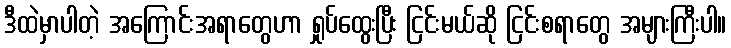
ဒီထဲမှာပါတဲ့ အကြောင်းအရာတွေဟာ ရှုပ်ထွေးပြီး ငြင်းမယ်ဆို ငြင်းစရာတွေ အများကြီးပါ။